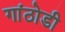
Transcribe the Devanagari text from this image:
गांठोडी